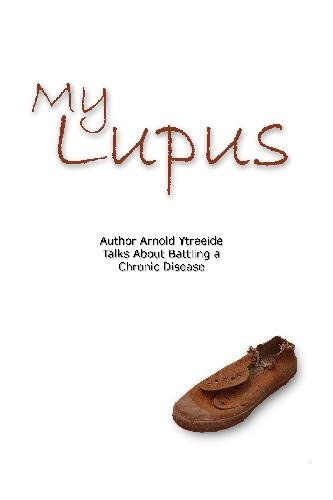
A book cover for My Lupus; Arnold Ytreeide; Health, Fitness & Dieting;